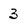
Character: 3